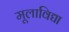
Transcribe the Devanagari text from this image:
मूलाविद्या